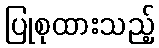
ပြုစုထားသည့်